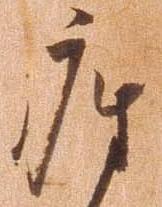
座